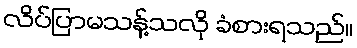
လိပ်ပြာမသန့်သလို ခံစားရသည်။